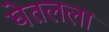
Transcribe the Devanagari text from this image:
घेतलला